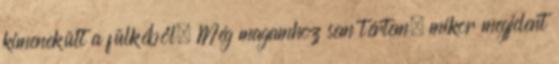
kimenekült a fülkéből. Még magamhoz sem tértem, mikor megjelent